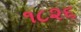
૧૮૨૬